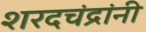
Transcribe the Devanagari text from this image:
शरदचंद्रांनी